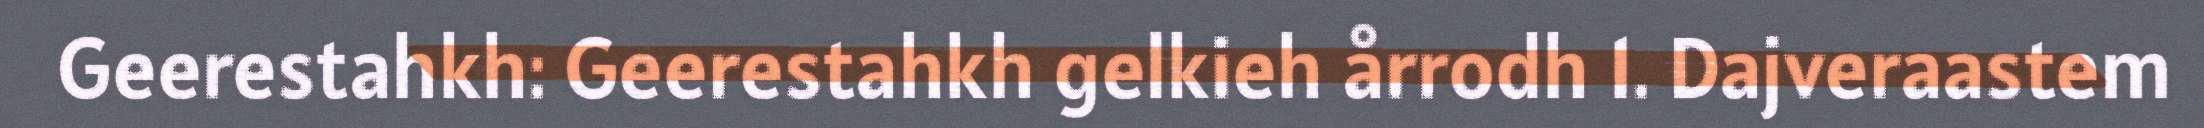
Geerestahkh: Geerestahkh gelkieh årrodh 1. Dajveraastem